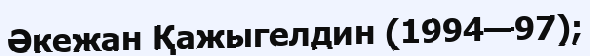
Әкежан Қажыгелдин (1994—97);